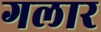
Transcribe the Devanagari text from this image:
गलार